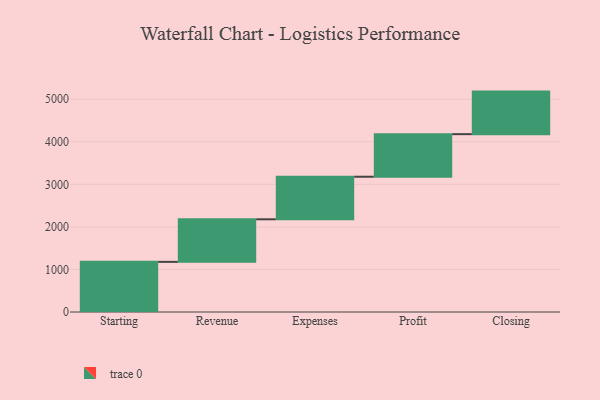
{"axis": {"x": "Step", "y": "Value"}, "legend": [""], "data": [{"x": "Starting", "y": 1178.0, "type": ""}, {"x": "Revenue", "y": 1000, "type": ""}, {"x": "Expenses", "y": 1000, "type": ""}, {"x": "Profit", "y": 1000, "type": ""}, {"x": "Closing", "y": 1000, "type": ""}]}